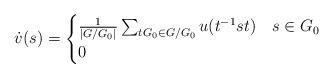
LaTeX: \begin{align*}\dot{v}(s)=\begin{cases} \frac{1}{|G/G_0|}\sum_{tG_0\in G/G_0}u(t^{-1}st) &s\in G_0 \\0 &\end{cases}\end{align*}